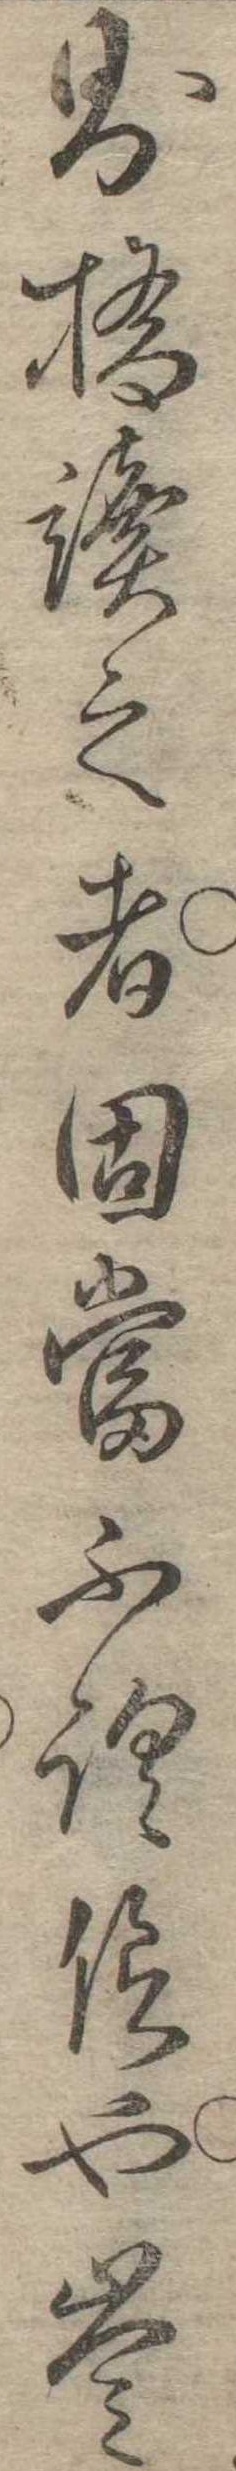
則摘読之者固当不謂信也豈